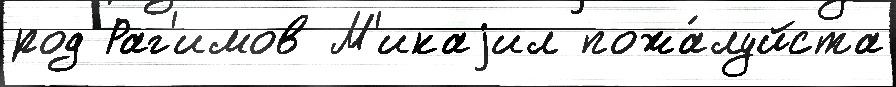
род Раг'имов М'икаjил пожа́луйста